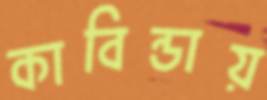
কাবিন্ডায়